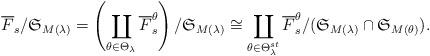
LaTeX: \begin{align*}\overline F_s / \mathfrak S_{M(\lambda)}= \left(\coprod _{\theta \in \Theta _{\lambda}} \overline F_s^{\theta} \right) / \mathfrak S_{M(\lambda)}\cong\coprod _{\theta \in \Theta _{\lambda}^{st}} \overline F_s^{\theta} / (\mathfrak S_{M(\lambda)}\cap \mathfrak S _{M(\theta)}).\end{align*}